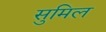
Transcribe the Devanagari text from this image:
सुमिल